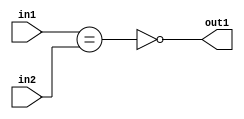
`timescale 1ps / 1ps
/*****************************************************************************
    Verilog RTL Description
    
    
    Created by: Stratus DpOpt 2019.1.01 
*******************************************************************************/

module st_weight_addr_gen_NotEQ_16Ux1U_1U_4_1 (
	in2,
	in1,
	out1
	); /* architecture "behavioural" */ 
input [15:0] in2;
input  in1;
output  out1;
wire  asc001,
	asc002;

assign asc002 = (in1==in2);

assign asc001 = 
	((~asc002));

assign out1 = asc001;
endmodule

/* CADENCE  ubPzTQE= : u9/ySgnWtBlWxVPRXgAZ4Og= ** DO NOT EDIT THIS LINE ******/